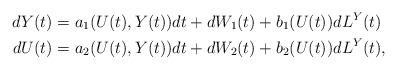
LaTeX: \begin{align*}dY(t) &= a_1(U(t),Y(t)) dt + dW_1(t) + b_1(U(t)) dL^Y(t)\\dU(t) &= a_2(U(t),Y(t)) dt + dW_2(t) + b_2(U(t)) dL^Y(t),\\\end{align*}